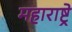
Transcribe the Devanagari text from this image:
महाराष्ट्रे